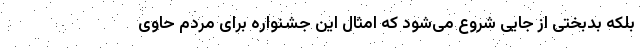
بلکه بدبختی از جایی شروع می‌شود که امثال این جشنواره برای مردم حاوی